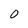
Character: 0